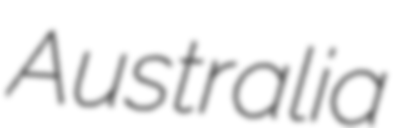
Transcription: Australia